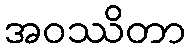
အဝဿိတာ